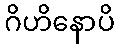
ဂိဟိနောပိ